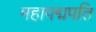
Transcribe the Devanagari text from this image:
महापद्मपति